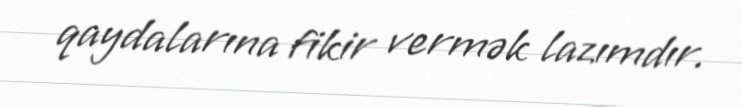
qaydalarına fikir vermək lazımdır.